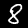
Label: 8